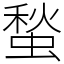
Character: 蝵